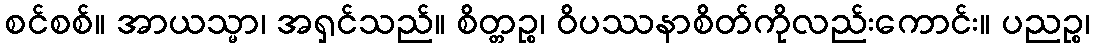
စင်စစ်။ အာယသ္မာ၊ အရှင်သည်။ စိတ္တဉ္စ၊ ဝိပဿနာစိတ်ကိုလည်းကောင်း။ ပညဉ္စ၊